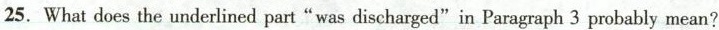
25. What does the underlined part"was discharged"in Paragraph 3 probably mean?